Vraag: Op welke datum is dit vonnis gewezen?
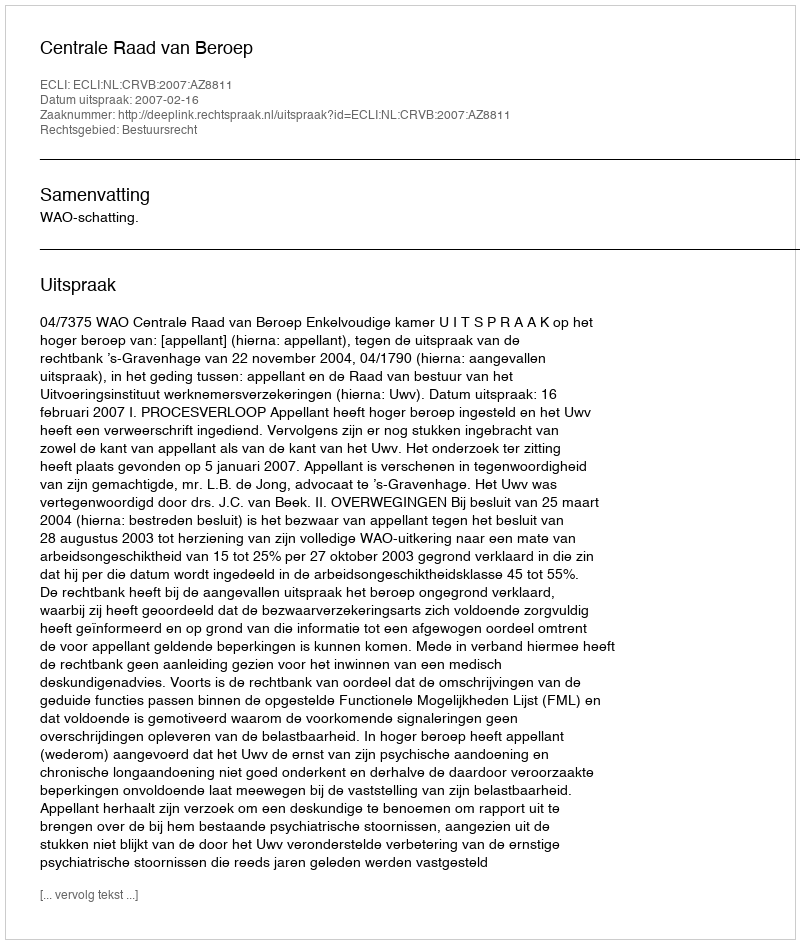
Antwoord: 2007-02-16